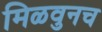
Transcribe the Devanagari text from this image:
मिळवुनच